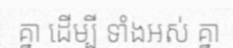
គ្នា ដើម្បី ទាំងអស់ គ្នា